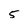
Character: 5